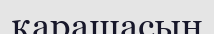
қарашасын